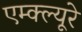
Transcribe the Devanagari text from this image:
एम्क्ल्यूरे